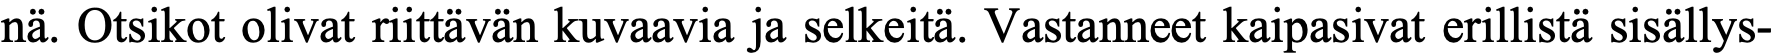
nä. Otsikot olivat riittävän kuvaavia ja selkeitä. Vastanneet kaipasivat erillistä sisällys-